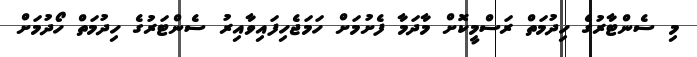
މި ސެންޓާރުގެ ހިދުމަތް ރަސްމީކޮށް މާދަމާ ފެށުމަށް ހަމަޖެހިފައިވާއިރު ސެންޓަރުގެ ހިދުމަތް ހޯދުމަށް